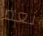
نعم